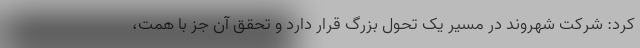
کرد: شرکت شهروند در مسیر یک تحول بزرگ قرار دارد و تحقق آن جز با همت،